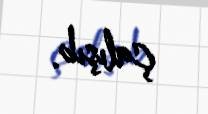
çalışıb.